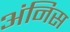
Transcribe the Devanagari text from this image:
अंनिस